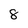
Character: 8